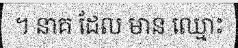
។ នាគ ដែល មាន ឈ្មោះ